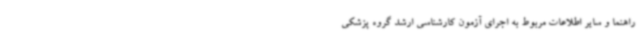
راهنما و سایر اطلاعات مربوط به اجرای آزمون کارشناسی ارشد گروه پزشکی